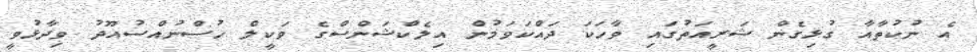
އެ ނުކުތާއާ ގުޅިގެން ޝަރީއަތުގައި ވާހަކަ ދައްކަވަމުން އިލެކްޝަންސްގެ ވަކީލް ހުސްނުއްސުއޫދު ވިދާޅުވީ